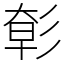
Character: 㣏